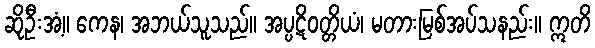
ဆိုဦးအံ့။ ကေန၊ အဘယ်သူသည်။ အပ္ပဋိဝတ္တိယံ၊ မတားမြစ်အပ်သနည်း။ ဣတိ